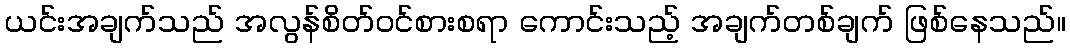
ယင်းအချက်သည် အလွန်စိတ်ဝင်စားစရာ ကောင်းသည့် အချက်တစ်ချက် ဖြစ်နေသည်။